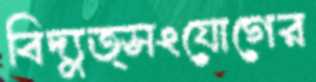
বিদ্যুত্সংযোগের